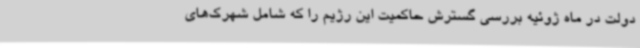
دولت در ماه ژوئیه بررسی گسترش حاکمیت این رژیم را که شامل شهرک‌های